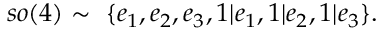
s o ( 4 ) \sim ~ \{ e _ { 1 } , e _ { 2 } , e _ { 3 } , 1 | e _ { 1 } , 1 | e _ { 2 } , 1 | e _ { 3 } \} .